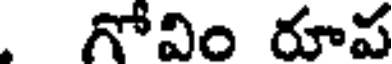
గోవిం రూప